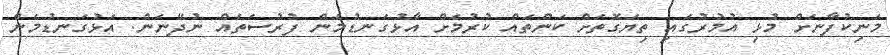
މަނިކުފާނަށް މުޅި އުމުރުގައި ތިޔަގޮތަށް ކަންތައް ކުރުމަށް އާޅުގަނޑުމެން ފުރުސަތެއް ނުދޭނަން. އަޅުގަނޑުމެން